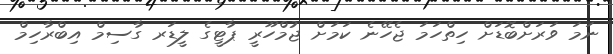
ނަމަ ވަރަށްބޮޑަށް ހިތްހަމަ ޖެހޭނެ ކަމަށް ޖުމްހޫރީ ޕާޓީގެ ލީޑަރ ގާސިމް އިބްރާހިމް